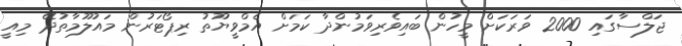
ޖަލްސާގައި 2000 ވަރަކަށް މީހުން ބައިވެރިވަމުންދާ ކަމަށް އެމްވީޔޫތު ރިޕޯޓަރުން މައުލޫމާތުދޭ މިއީ